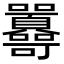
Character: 𡆔